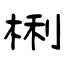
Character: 梸